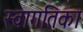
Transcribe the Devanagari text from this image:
स्वागतिका